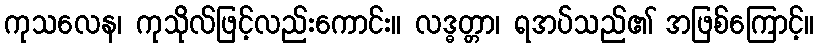
ကုသလေန၊ ကုသိုလ်ဖြင့်လည်းကောင်း။ လဒ္ဓတ္တာ၊ ရအပ်သည်၏ အဖြစ်ကြောင့်။